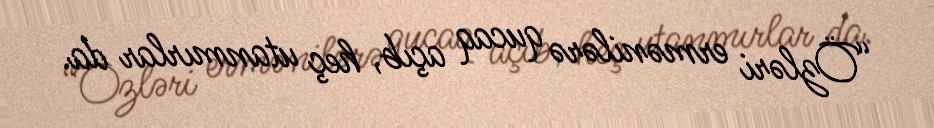
“Özləri ermənilərə qucaq açıb, heç utanmırlar da.